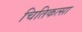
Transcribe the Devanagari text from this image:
चितिकत्सा